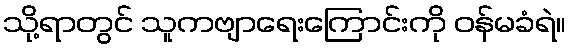
သို့ရာတွင် သူကဗျာရေးကြောင်းကို ဝန်မခံရဲ။